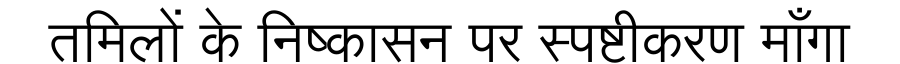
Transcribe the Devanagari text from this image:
तमिलों के निष्कासन पर स्पष्टीकरण माँगा